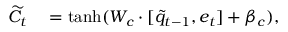
\begin{array} { r l } { \widetilde { C } _ { t } } & { { } = \operatorname { t a n h } ( { W _ { c } \cdot [ \tilde { q } _ { t - 1 } , e _ { t } ] + \beta _ { c } } ) , } \end{array}